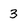
Character: 3